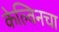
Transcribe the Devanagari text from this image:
केल्विनचा